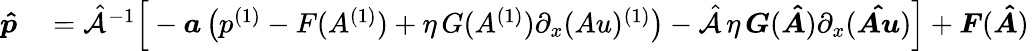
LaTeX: \begin{array}{rl}{\boldsymbol{\hat{p}}}&{{}=\hat{\mathcal{A}}^{-1}\Big[-\boldsymbol{a}\left(p^{(1)}-F(A^{(1)})+\eta\, G(A^{(1)})\partial_{x}(Au)^{(1)}\right)-\hat{\mathcal{A}}\, \eta\, \boldsymbol{G}(\boldsymbol{\hat{A}})\partial_{x}(\boldsymbol{\hat{Au}})\Big]+\boldsymbol{F}(\boldsymbol{\hat{A}})\, }\end{array}